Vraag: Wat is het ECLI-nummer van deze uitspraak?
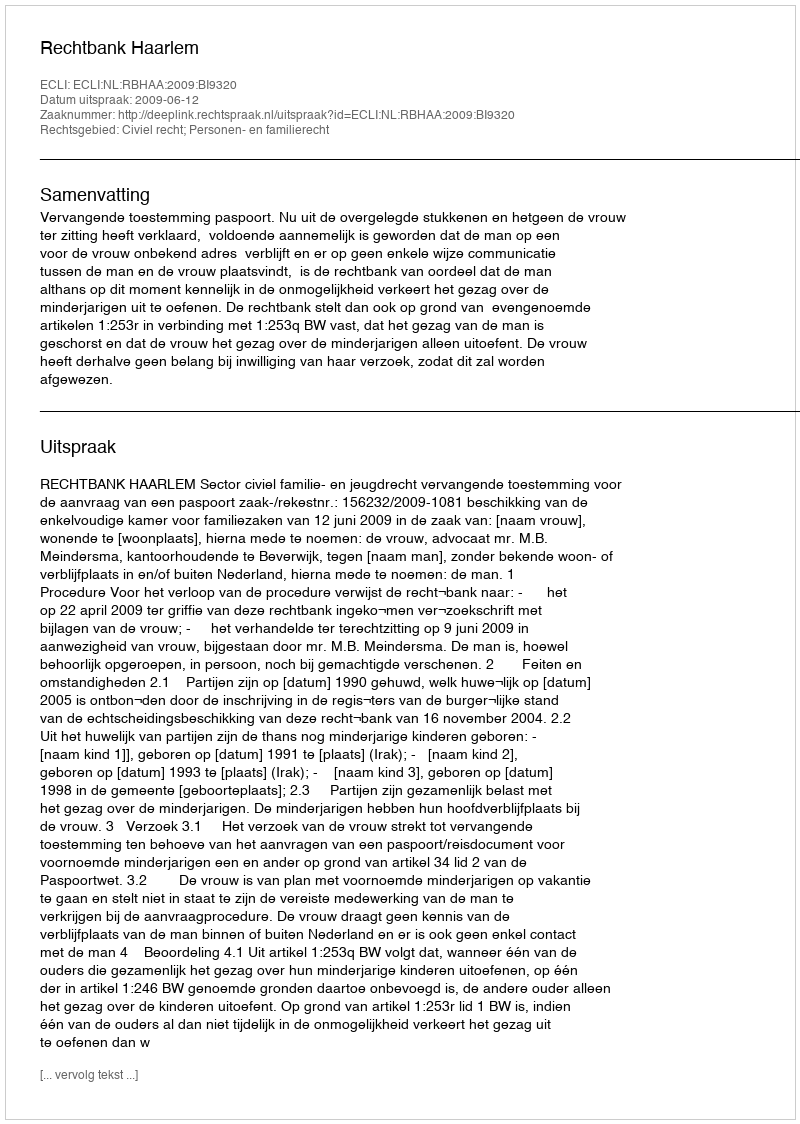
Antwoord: ECLI:NL:RBHAA:2009:BI9320